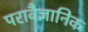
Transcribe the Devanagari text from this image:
परावैज्ञानिक